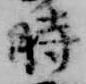
時